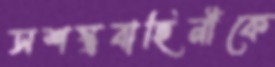
সশস্ত্রবাহিনীকে